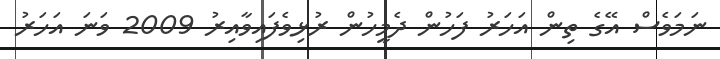
ނަމަވެސް އޭގެ ތިން އަހަރު ފަހުން ދެމީހުން ރުޅިވެފައިވާއިރު 2009 ވަނަ އަހަރު